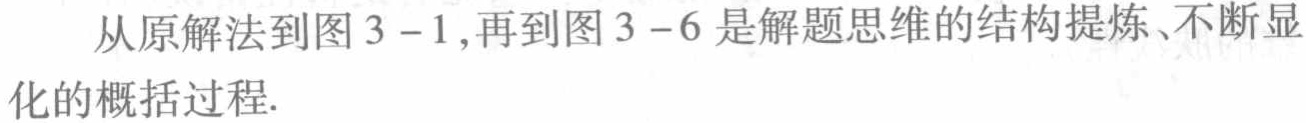
从原解法到图 3 - 1,再到图 3 - 6 是解题思维的结构提炼、不断显化的概括过程.